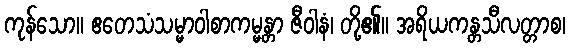
ကုန်သော။ ဧတေသံသမ္မာဝါစာကမ္မန္တာ ဇီဝါနံ၊ တို့၏။ အရိယကန္တသီလတ္တာစ၊